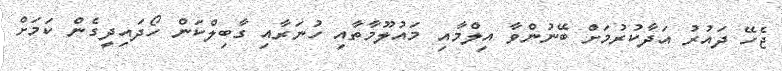
ޖެހޭ ދައުރު އަދާކުރުމަށް ބޭނުންވާ އިލްމާއި މައުލޫމާތާއި ހުނަރާއި ގާބިލްކަން ހޯދައިދީގެން ކަމަށް